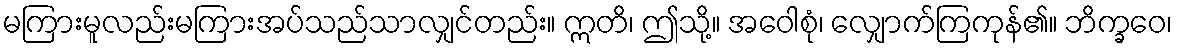
မကြားမူလည်းမကြားအပ်သည်သာလျှင်တည်း။ ဣတိ၊ ဤသို့။ အဝေါစုံ၊ လျှောက်ကြကုန်၏။ ဘိက္ခဝေ၊